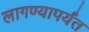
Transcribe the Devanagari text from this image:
लागण्यापर्यंत